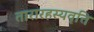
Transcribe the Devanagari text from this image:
तारारहस्यवृत्ति